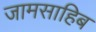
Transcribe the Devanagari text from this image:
जामसाहिब